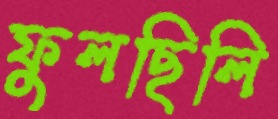
ফুলছিলি